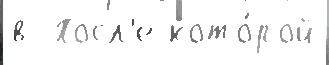
в  Посл'е кото́рой